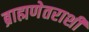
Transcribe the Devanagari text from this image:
ब्राह्मणेतराशी